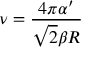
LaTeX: \nu = \frac { 4 \pi \alpha ^ { \prime } } { \sqrt { 2 } \beta R }